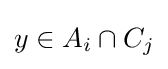
y\in A_{i}\cap C_{j}